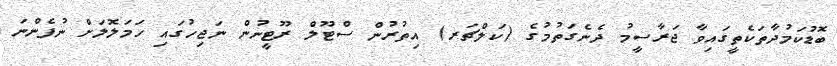
ބޮޑުކަމުދާތަކެތީގައިވާ ޖަރާސީމު ދެނެގަތުމުގެ (ކަލްޗަރ) އިތުރުން ސްޓޫލް ރޫޓީނުން ނަޖިހުގައި ހަމަލޮލަށް ނުފެންނަ